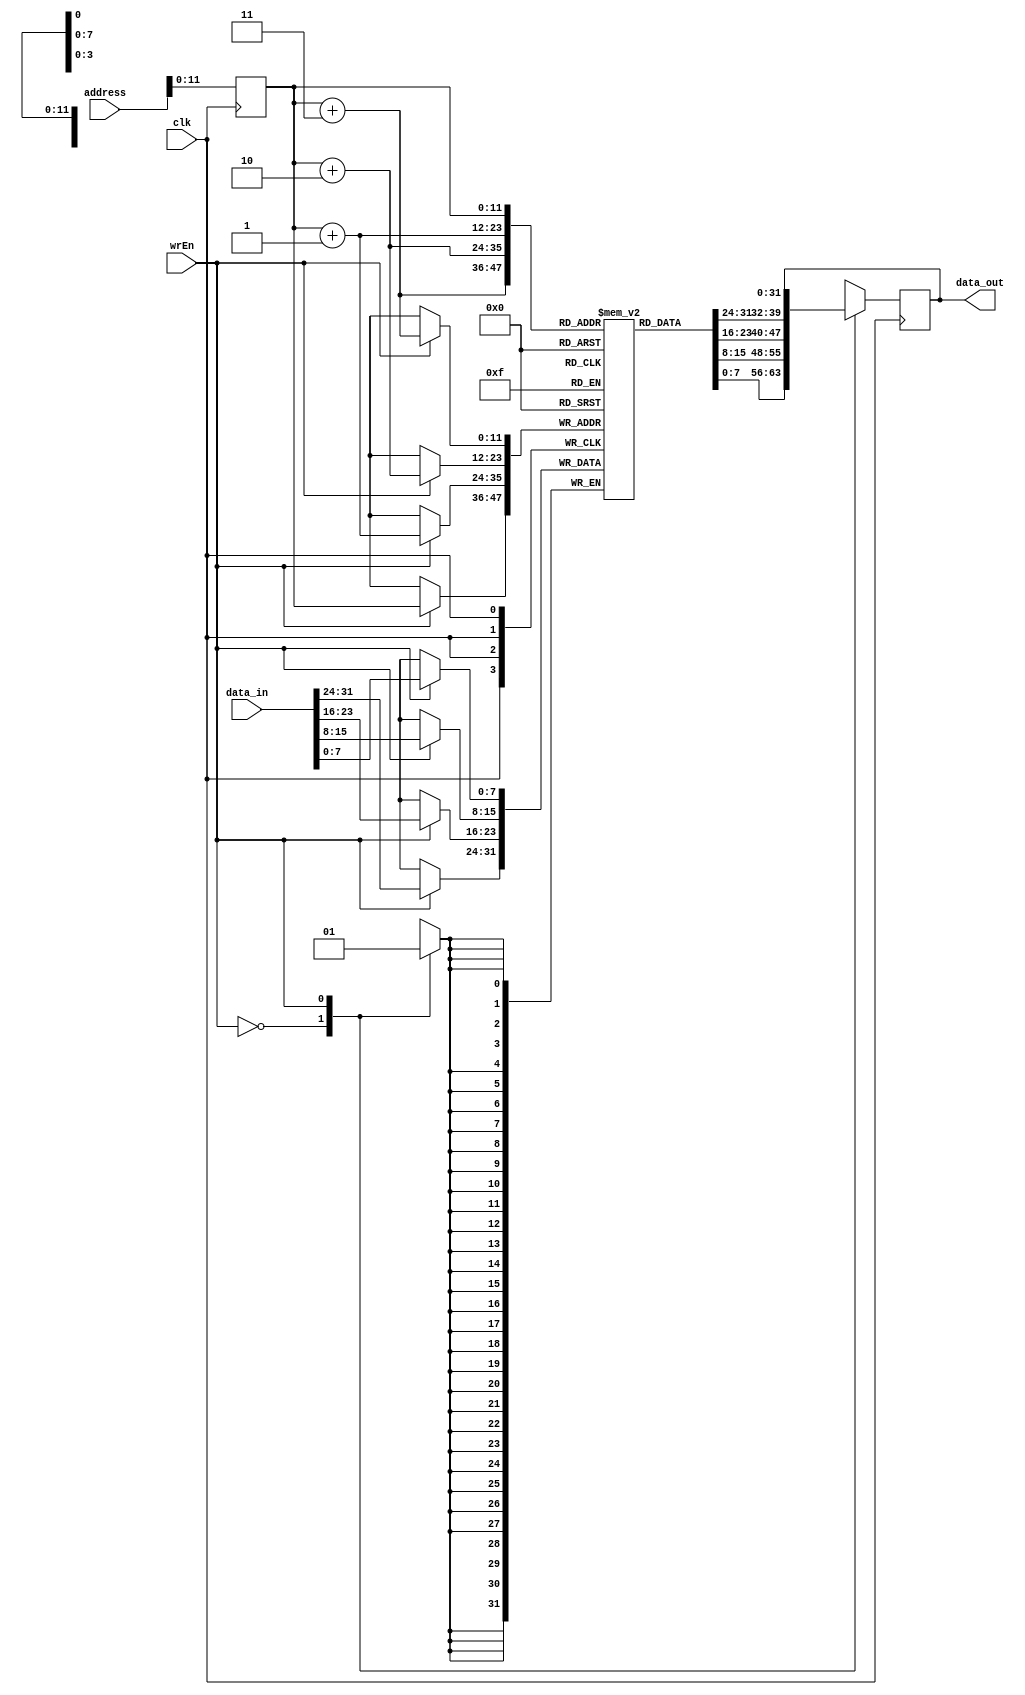
module dataMemory(input [31:0] address,
	input wrEn,clk,
	input [31:0] data_in,
	output reg[31:0] data_out
);
	parameter RAMSIZE=12;//2'12 BYTE RAM
	reg [7:0] dMem [0:4095];
	//overflowu engellemek icin mod alyorum
	reg [RAMSIZE-1:0] new_address;	
	
	always @ (posedge clk)	begin
	new_address <= address[RAMSIZE-1:0];
		case (wrEn)
		
			1'b0: data_out = {dMem[new_address],dMem[new_address+1],dMem[new_address+2],dMem[new_address+3]};
			1'b1: {dMem[new_address],dMem[new_address+1],dMem[new_address+2],dMem[new_address+3]} = data_in;
			
		endcase
	end
	
endmodule